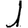
Digit: 1